255_413270_UFO's_and_Defense_What_Should_we_Prepare_For
Agency: NASA
Page 29
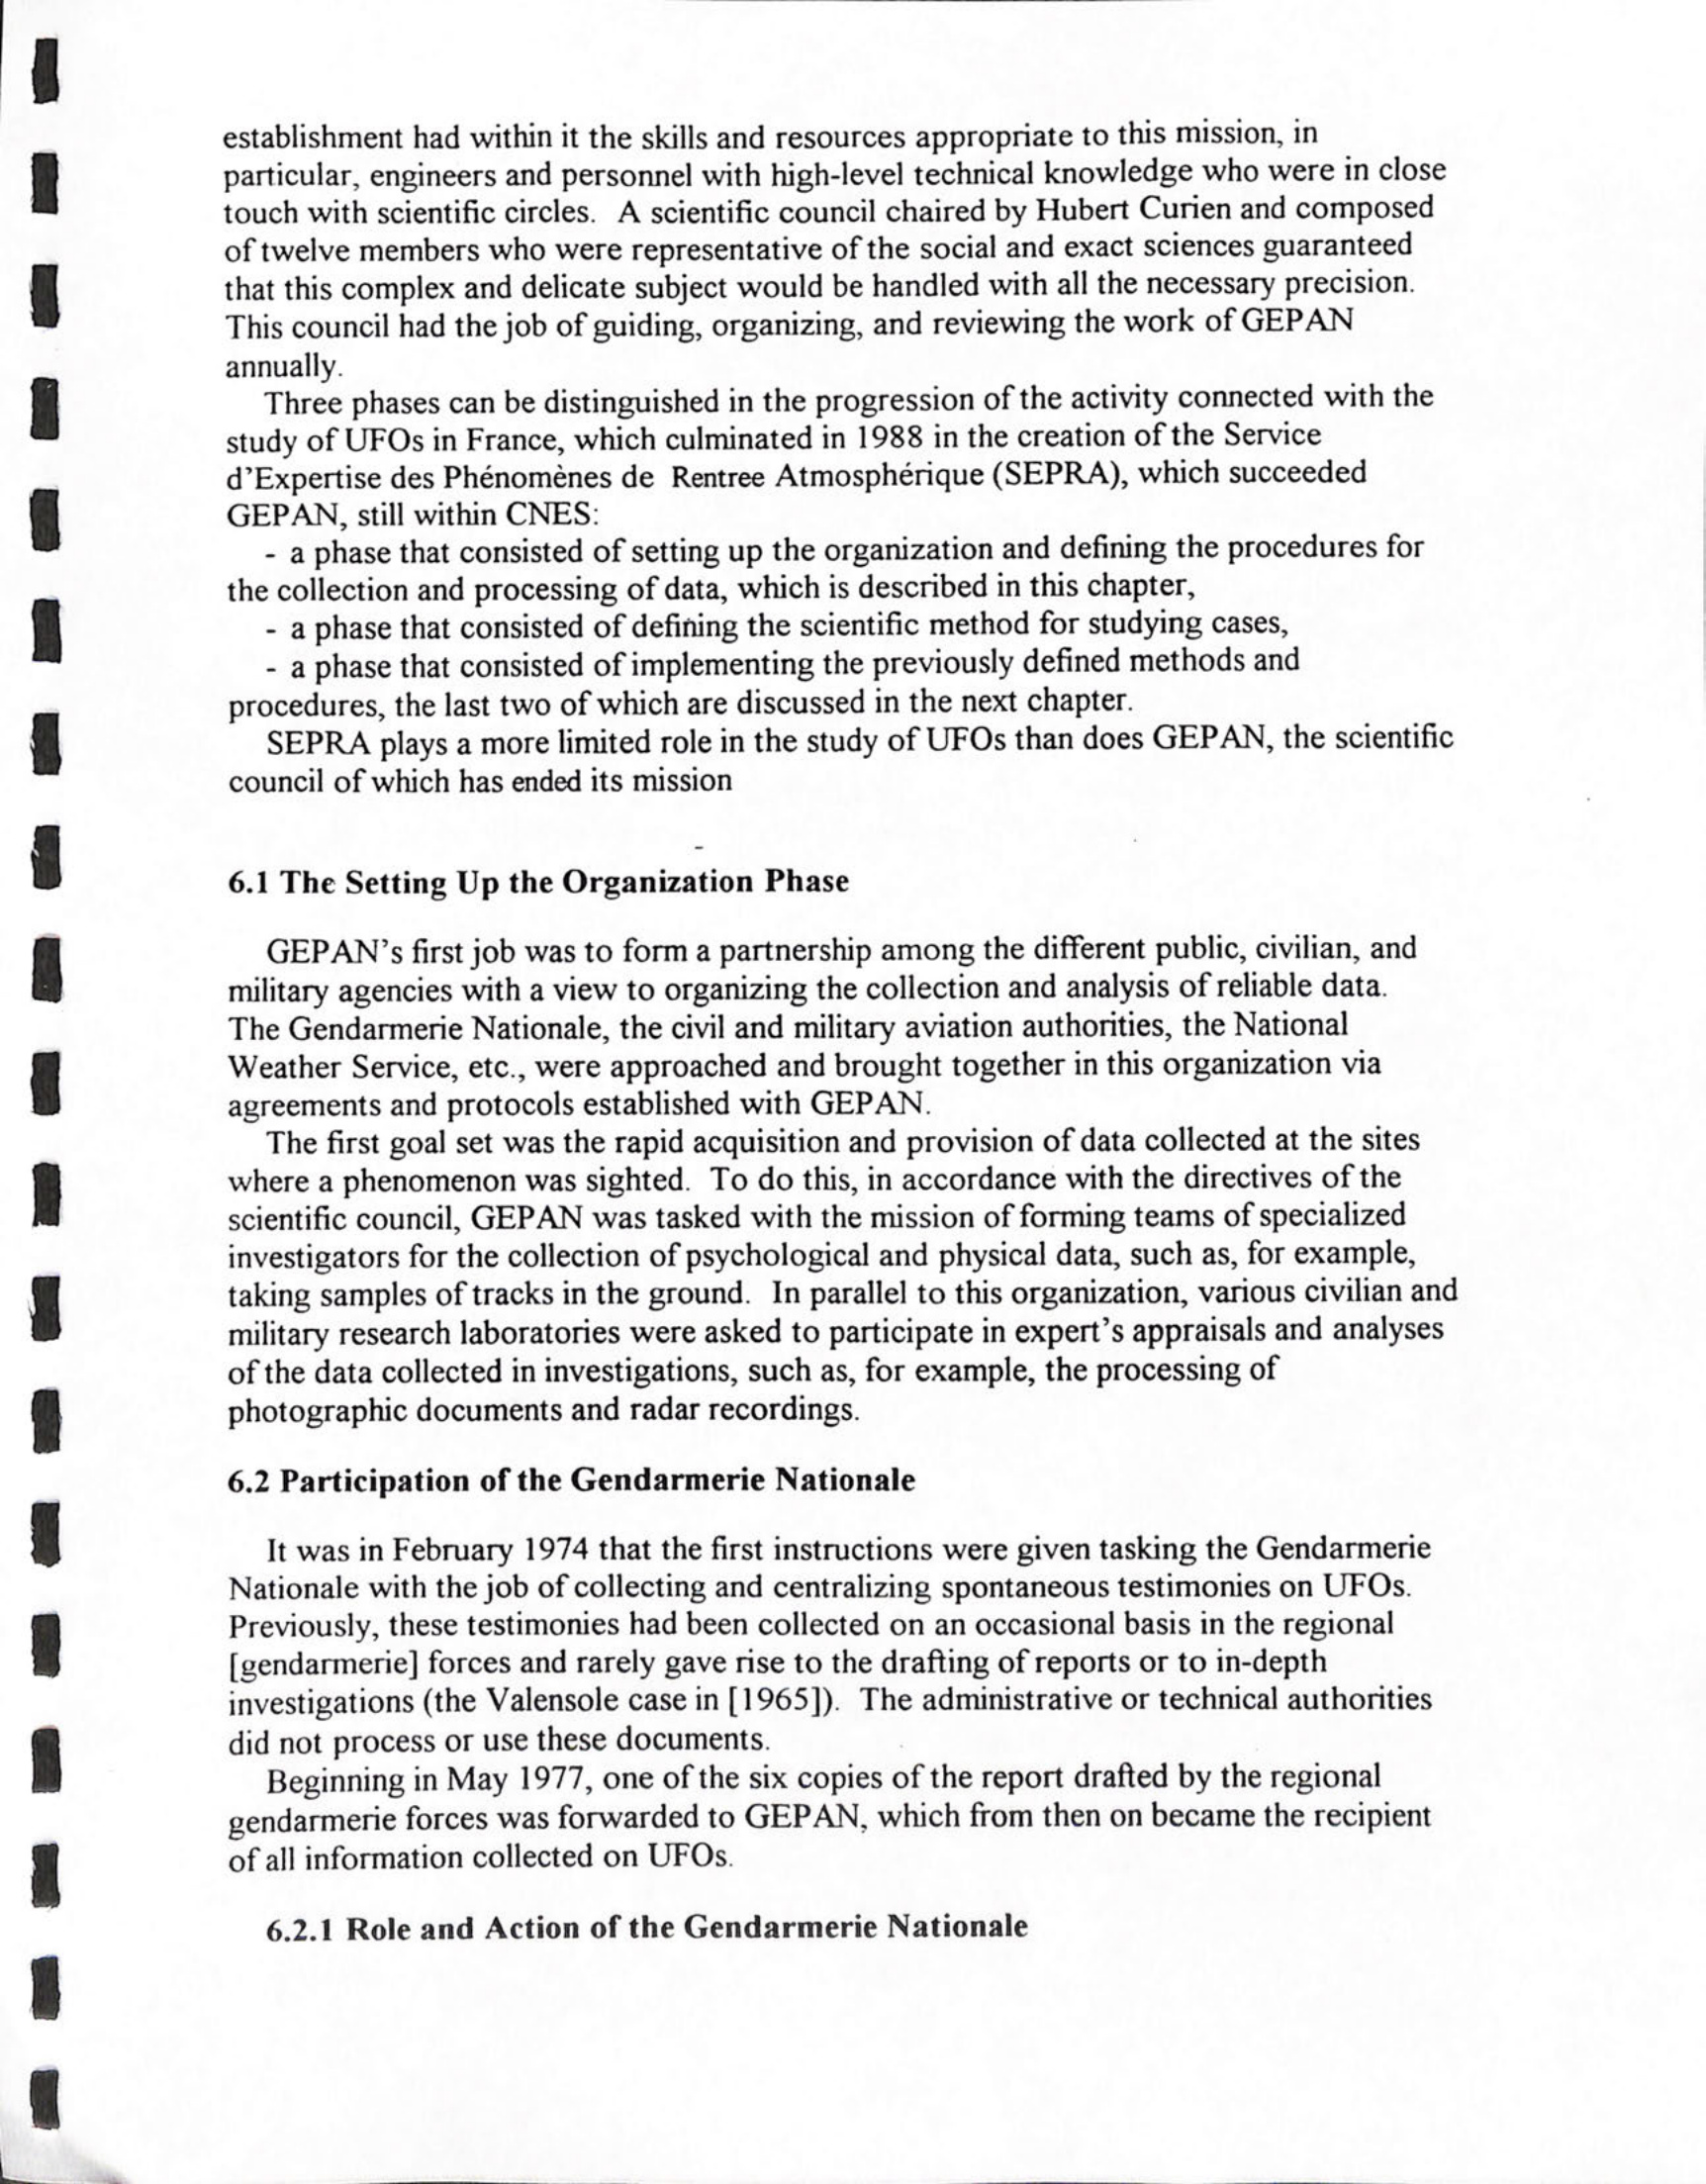